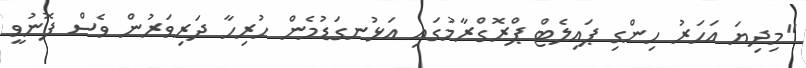
"މިދިޔަ އަހަރު ހިންގި ޕައިލެޓް ޕްރޮގްރާމުގައި އަޅުނގަޑުމެން ހުރިހާ ދަރިވަރުން ވެސް ފޮނުވީ